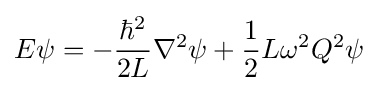
E\psi =-{\frac {\hbar ^{2}}{2L}}\nabla ^{2}\psi +{\frac {1}{2}}L\omega ^{2}Q^{2}\psi